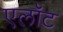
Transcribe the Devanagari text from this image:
एलॉट